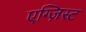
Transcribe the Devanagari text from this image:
एग्ज़िस्ट